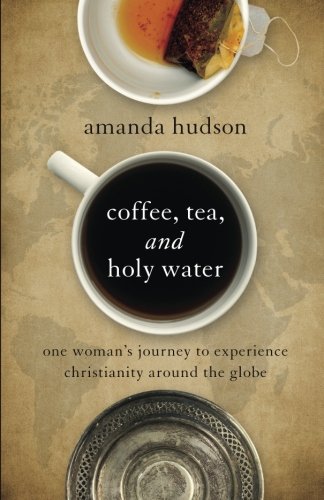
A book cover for Coffee, Tea, and Holy Water: One Woman's Journey to Experience Christianity Around the Globe; Amanda Hudson; Religion & Spirituality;